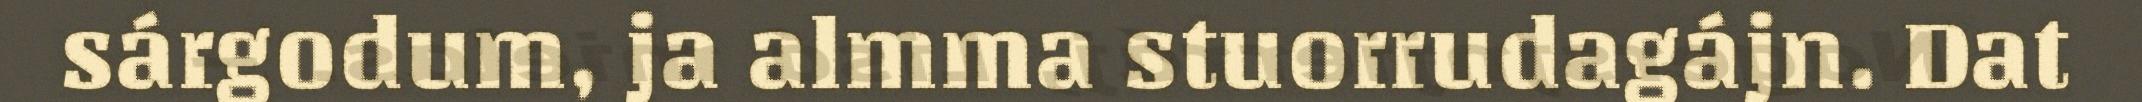
sárgodum, ja almma stuorrudagájn. Dat